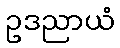
ဥဒညာယံ